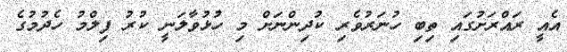
އެއީ ރައްރަށުގައި ތިބި ހުނަރުވެރި ކުދިންނަށް މި ހުޅުވާލަނީ ކުރު ފިލްމު ހެދުމުގެ